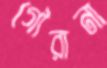
গৌরানা